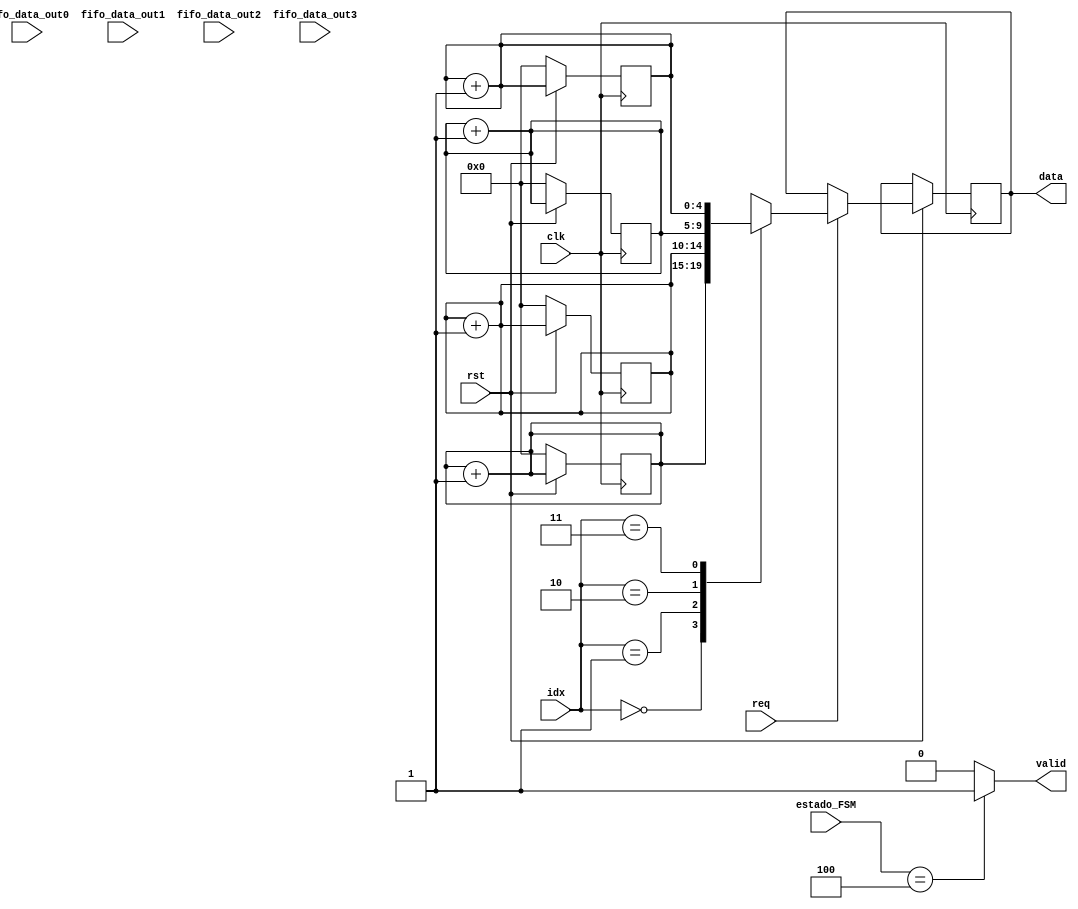
module contadores(
					output reg [4:0] data,
					output wire valid,
					input [DATA_BITS-1:0] fifo_data_out0,
					input [DATA_BITS-1:0] fifo_data_out1,
					input [DATA_BITS-1:0] fifo_data_out2,
					input [DATA_BITS-1:0] fifo_data_out3,
					input req,
					input [1:0] idx,
					input [3:0] estado_FSM,
					input rst,
					input clk
);

	parameter DATA_BITS = 10;

	// Registros contadores \\
	reg [4:0] conteo0;
	reg [4:0] conteo1;
	reg [4:0] conteo2;
	reg [4:0] conteo3;

	// ÍNDICES \\
	parameter CERO = 2'b00;
	parameter UNO = 2'b01;
	parameter DOS = 2'b10;
	parameter TRES = 2'b11;

	// Lógica de salida del contador \\
	always @(negedge clk) 
	begin
		if (!rst) 
		begin
			conteo0 <= 'b0;
			conteo1 <= 'b0;
			conteo2 <= 'b0;
			conteo3 <= 'b0;
		end

		else if (rst)
		begin
			if (req)
			begin
				case (idx)
					CERO: 	data <= conteo0;
					UNO: 	data <= conteo1;
					DOS: 	data <= conteo2;
					TRES: 	data <= conteo3;
				endcase
			end
		end
	end

	// Lógica de validez de los datos \\
	assign valid = estado_FSM == 4'b0100 ? 1'b1 : 1'b0; 

	// Lógica de conteo de palabras para cada fifo \\
	
	always @(fifo_data_out0) 
	begin
		conteo0 <= conteo0 + 1'b1;
	end
	
	always @(fifo_data_out1) 
	begin
		conteo1 <= conteo1 + 1'b1;
	end
	
	always @(fifo_data_out2) 
	begin
		conteo2 <= conteo2 + 1'b1;
	end
	
	always @(fifo_data_out3) 
	begin
		conteo3 <= conteo3 + 1'b1;
	end

endmodule